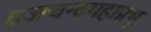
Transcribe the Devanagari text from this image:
व्रजचन्दमहाप्रभु